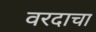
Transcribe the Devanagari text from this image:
वरदाचा